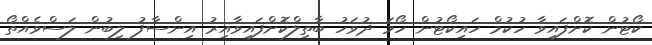
ކޯޓުން ކޮށްފައިވާ ހުކުމް ހައިކޯޓުން ހޯމަ ދުވަހު ބާތިލްކޮށްފައިވާއިރު އިންސާފު ލިބުން ލަސްވެއްތޯ